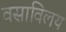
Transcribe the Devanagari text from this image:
वसाविलय